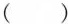
()